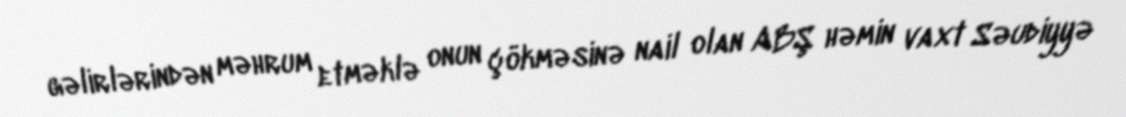
gəlirlərindən məhrum etməklə onun çökməsinə nail olan ABŞ həmin vaxt Səudiyyə